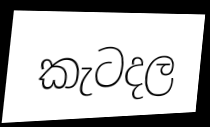
කැටදල